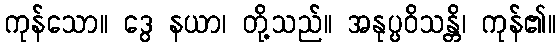
ကုန်သော။ ဒွေ နယာ၊ တို့သည်။ အနုပ္ပဝိသန္တိ၊ ကုန်၏။